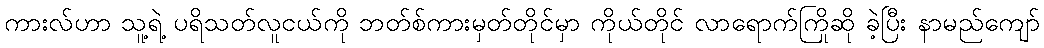
ကားလ်ဟာ သူ့ရဲ့ ပရိသတ်လူငယ်ကို ဘတ်စ်ကားမှတ်တိုင်မှာ ကိုယ်တိုင် လာရောက်ကြိုဆို ခဲ့ပြီး နာမည်ကျော်